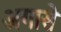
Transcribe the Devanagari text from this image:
अगासे